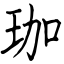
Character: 珈